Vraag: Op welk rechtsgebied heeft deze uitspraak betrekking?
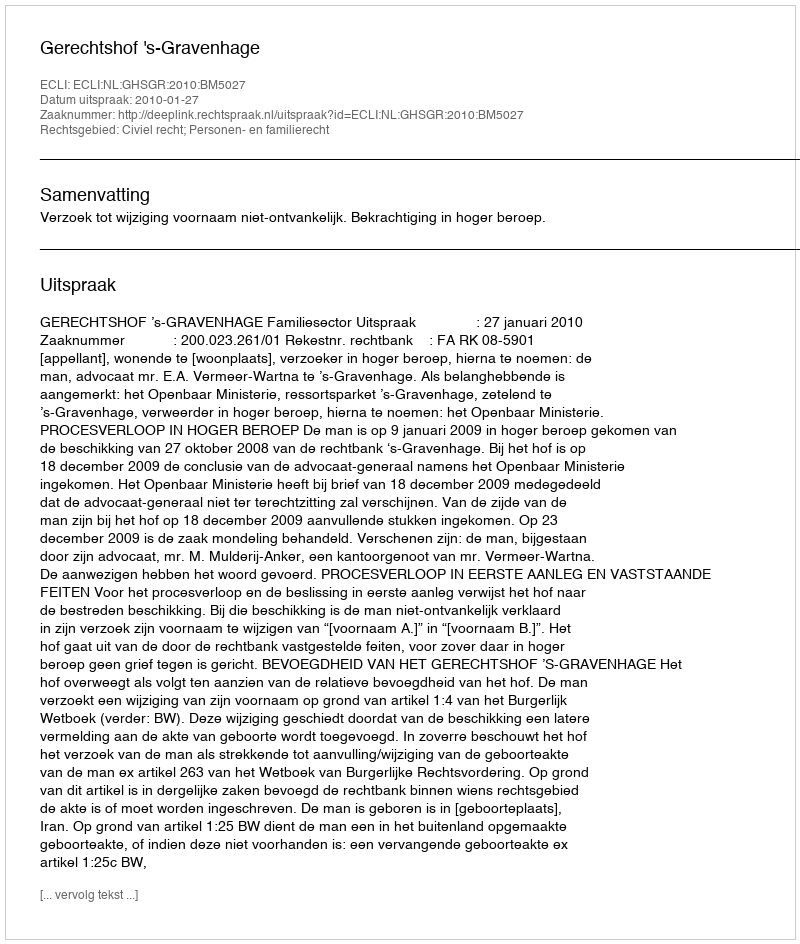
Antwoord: Civiel recht; Personen- en familierecht